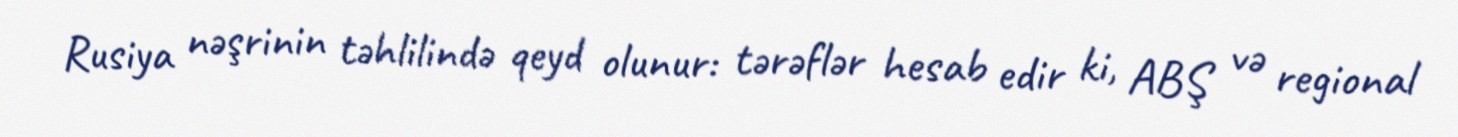
Rusiya nəşrinin təhlilində qeyd olunur: tərəflər hesab edir ki, ABŞ və regional